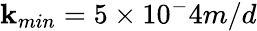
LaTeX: \mathbf{k}_{min}=5\times10^{-}4m/d